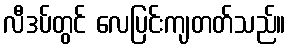
လီဒပ်တွင် လေပြင်းကျတတ်သည်။